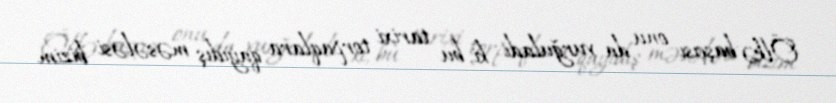
Ölkə başçısı onu da vurğuladı ki, bu tarixi torpaqlara qayıdış məsələsi bizim